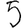
Digit: 5